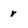
Character: r